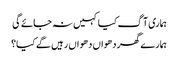
ہماری آگ کیا کہیں نہ جائے گی
ہمارے گھر دھواں دھواں رہیں گے کیا؟